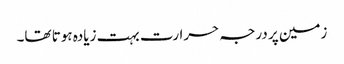
زمین پر درجہ حرارت بہت زیادہ ہوتا تھا۔